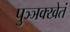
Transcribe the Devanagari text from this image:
पुञ्ञक्खेतं